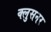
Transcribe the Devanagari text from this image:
क्लुसनर